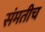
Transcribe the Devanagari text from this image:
संमतीच